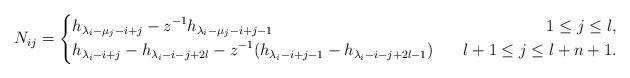
LaTeX: \begin{align*}N_{ij}=\left\{\begin{aligned}&h_{\lambda_i-\mu_j-i+j}-z^{-1}h_{\lambda_i-\mu_j-i+j-1}~~&~~1\leq j\leq l,\\&h_{\lambda_i-i+j}-h_{\lambda_i-i-j+2l}-z^{-1}(h_{\lambda_i-i+j-1}-h_{\lambda_i-i-j+2l-1})~&~~l+1\leq j\leq l+n+1.\end{aligned}\right.\end{align*}